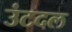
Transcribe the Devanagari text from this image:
उंटदल